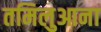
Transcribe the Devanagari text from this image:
तमिलुआना